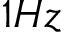
1 H z